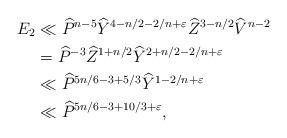
LaTeX: \begin{align*} E_2 & \ll \widehat{P}^{n-5}\widehat{Y}^{4-n/2 -2/n+\varepsilon}\widehat{Z}^{3-n/2}\widehat{V}^{n-2}\\ & = \widehat{P}^{-3}\widehat{Z}^{1+n/2}\widehat{Y}^{2+n/2-2/n +\varepsilon}\\ &\ll \widehat{P}^{5n/6-3 +5/3}\widehat{Y}^{1-2/n+\varepsilon}\\ &\ll \widehat{P}^{5n/6 -3 +10/3 + \varepsilon},\end{align*}